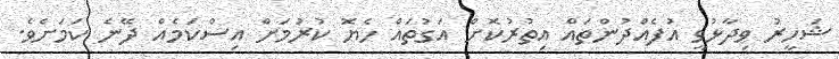
ޝަހީރު ވިދާޅުވީ އުފެއްދުންތައް އިތުރުކޮށް އަގުތައް ހެޔޮ ކުރުމަށް އިސްކަމެއް ދޭނެ ކަމަށެވެ.